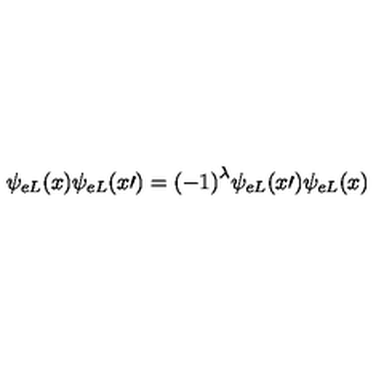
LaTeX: \psi _ { e L } ( x ) \psi _ { e L } ( { x \prime } ) = { ( - 1 ) } ^ { \lambda } \psi _ { e L } ( { x \prime } ) \psi _ { e L } ( x )